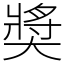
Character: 奬